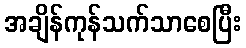
အချိန်ကုန်သက်သာစေပြီး